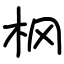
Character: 㭎